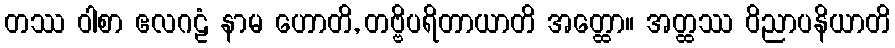
တဿ ဝါစာ ဧလဂဠံ နာမ ဟောတိ, တဗ္ဗိပရိတာယာတိ အတ္ထော။ အတ္ထဿ ဝိညာပနိယာတိ